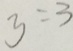
y = 3